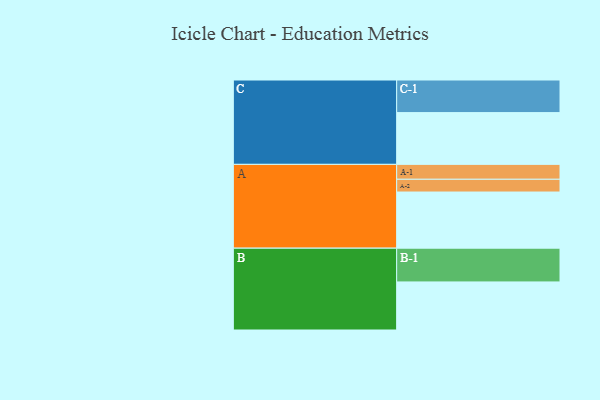
{"axis": {"x": "Segment", "y": "Value"}, "legend": ["", "A", "B", "C"], "data": [{"x": "A", "y": 396, "type": ""}, {"x": "B", "y": 339, "type": ""}, {"x": "C", "y": 365, "type": ""}, {"x": "A-1", "y": 105, "type": "A"}, {"x": "A-2", "y": 90, "type": "A"}, {"x": "B-1", "y": 238, "type": "B"}, {"x": "C-1", "y": 230, "type": "C"}]}